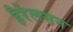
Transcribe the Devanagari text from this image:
हैरेलसन